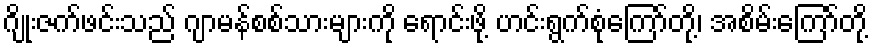
ဂျိုးဇက်ဖင်းသည် ဂျာမန်စစ်သားများကို ရောင်းဖို့ ဟင်းရွက်စုံကြော်တို့၊ အစိမ်းကြော်တို့